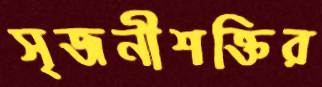
সৃজনীশক্তির